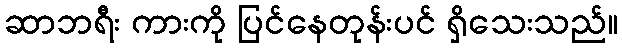
ဆာဘရီး ကားကို ပြင်နေတုန်းပင် ရှိသေးသည်။